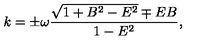
k = \pm \omega \frac { \sqrt { 1 + B ^ { 2 } - E ^ { 2 } } \mp E B } { 1 - E ^ { 2 } } ,